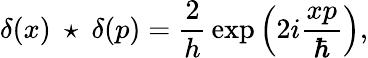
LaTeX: \delta(x)~\star~\delta(p)={\frac{2}{h}}\exp\left(2i{\frac{xp}{\hbar}}\right),